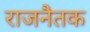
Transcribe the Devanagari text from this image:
राजनैतक